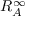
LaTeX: R _ { A } ^ { \infty }